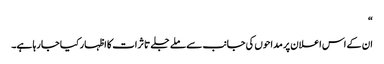
“
ان کے اس اعلان پر مداحوں کی جانب سے ملے جلے تاثرات کا اظہار کیا جا رہا ہے۔